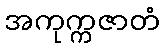
အကုက္ကဇာတံ